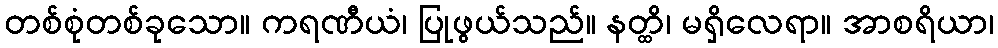
တစ်စုံတစ်ခုသော။ ကရဏီယံ၊ ပြုဖွယ်သည်။ နတ္ထိ၊ မရှိလေရာ။ အာစရိယာ၊